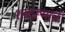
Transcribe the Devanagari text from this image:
शब्दरूपाचे